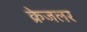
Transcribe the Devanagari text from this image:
क्रेजलर